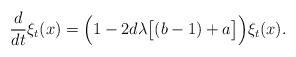
LaTeX: \begin{align*}\frac{d}{dt}\xi_t(x)=\Big(1-2d\lambda\big[(b-1)+a\big]\Big)\xi_t(x).\end{align*}